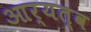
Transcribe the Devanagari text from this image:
आर्यत्व